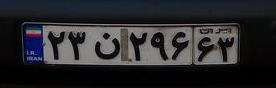
۲۳ن۲۹۶۶۳